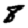
Digit: 8